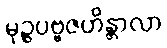
မုဉ္ဇပဗ္ဗဇဟိန္တာလာ